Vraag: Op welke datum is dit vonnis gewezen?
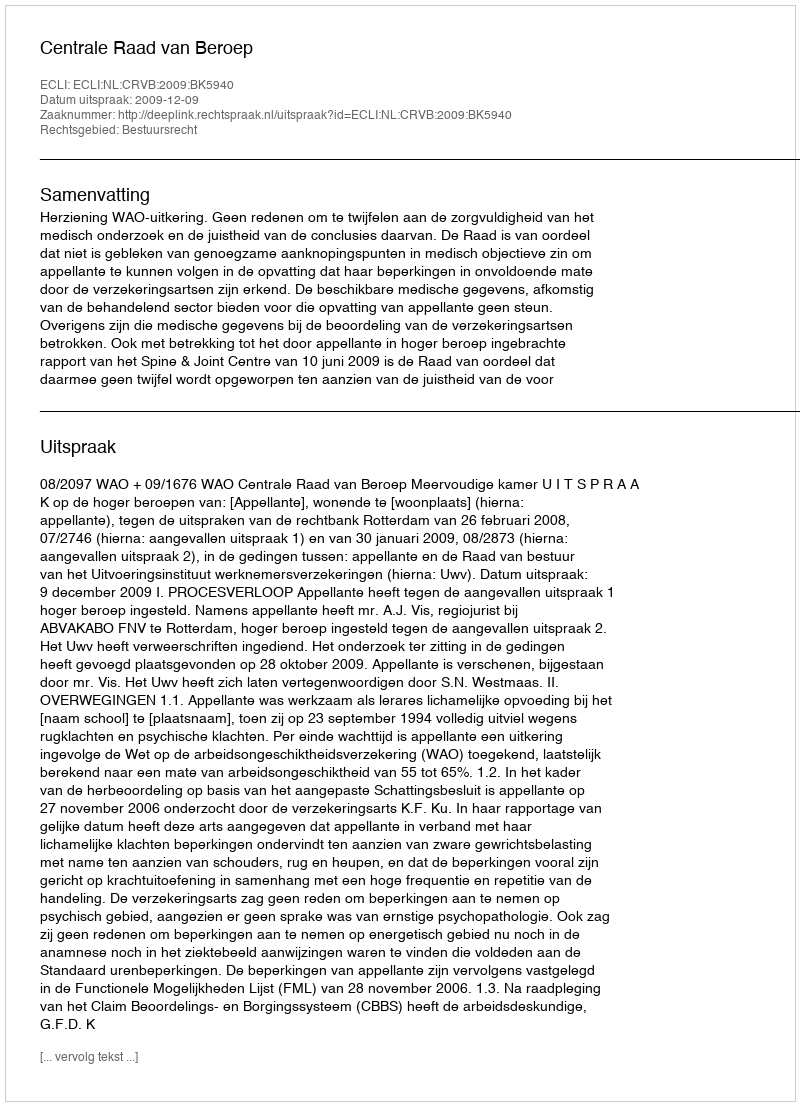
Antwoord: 2009-12-09